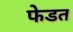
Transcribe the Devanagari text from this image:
फेडत